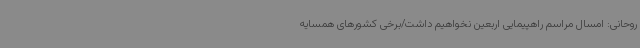
روحانی: امسال مراسم راهپیمایی اربعین نخواهیم داشت/برخی کشورهای همسایه